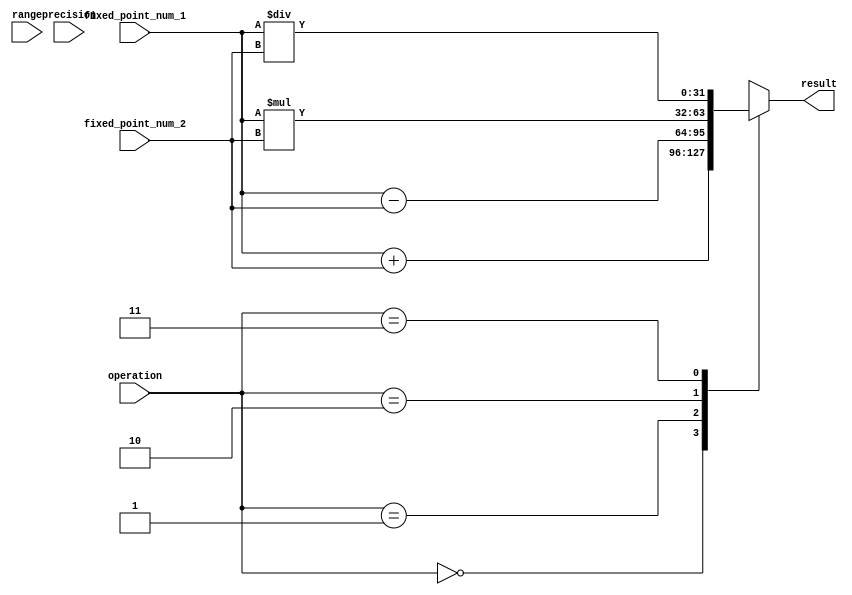
module fixed_point_unit (
    input signed [31:0] fixed_point_num_1,
    input signed [31:0] fixed_point_num_2,
    input [7:0] precision,
    input [1:0] range,
    input [1:0] operation, // 00: addition, 01: subtraction, 10: multiplication, 11: division
    output reg signed [31:0] result
);

always @(*) begin
    case(operation)
        2'b00: // addition
            result = fixed_point_num_1 + fixed_point_num_2;
        2'b01: // subtraction
            result = fixed_point_num_1 - fixed_point_num_2;
        2'b10: // multiplication
            result = fixed_point_num_1 * fixed_point_num_2;
        2'b11: // division
            result = fixed_point_num_1 / fixed_point_num_2;
    endcase
end

endmodule